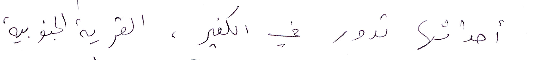
أحداثها تدور في الكفير، القرية الجنوبية